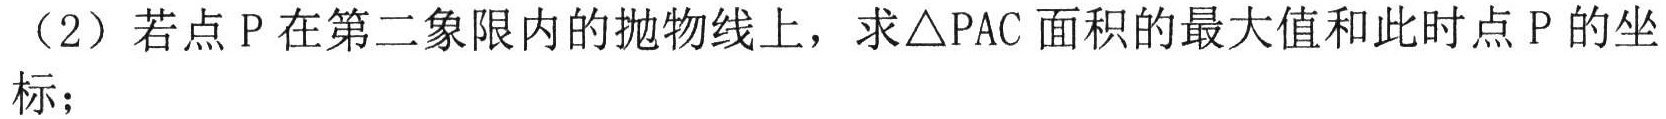
（2）若点 P 在第二象限内的抛物线上，求\triangle PAC面积的最大值和此时点 P 的坐标；